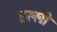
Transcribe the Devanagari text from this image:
डल्लो